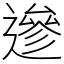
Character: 遪